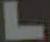
L